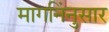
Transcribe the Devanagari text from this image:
मागनिंनुसार